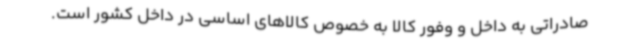
صادراتی به داخل و وفور کالا به خصوص کالاهای اساسی در داخل کشور است.